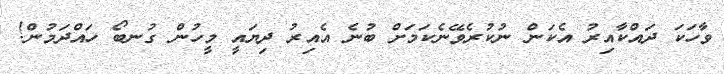
ވާހަކަ ދައްކާއިރު އެކަން ނުކުރެވޭނެކަމަށް ބުނެ އެއިރު ދިޔައީ މީހުން ގުނބޯ ހައްދަމުން!